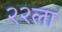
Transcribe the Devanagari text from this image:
२२ला